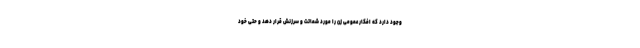
وجود دارد که افکار عمومی زن را مورد شماتت و سرزنش قرار دهد و حتی خود